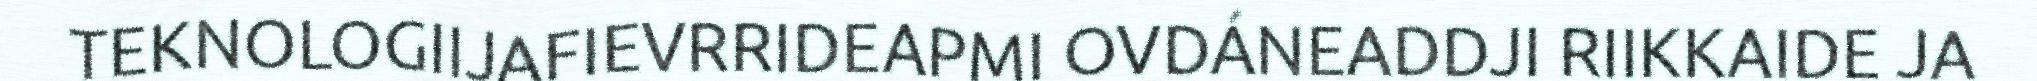
TEKNOLOGIIJAFIEVRRIDEAPMI OVDÁNEADDJI RIIKKAIDE JA